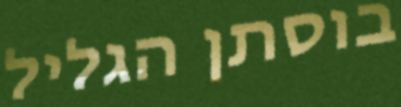
בוסתן הגליל